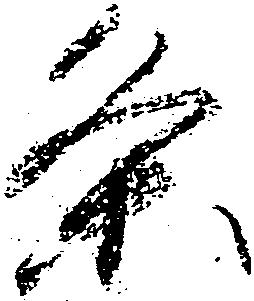
条